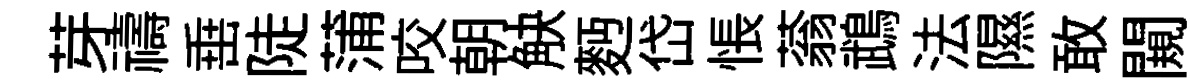
芽禱𡸁陡蒲咬朝觖麪岱悵蓊鵡法隰敢闚